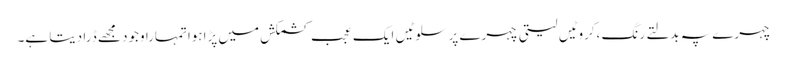
چہرے پہ بدلتے رنگ ،کروٹیں لیتی چہرے پر سلوٹیں ایک عجب کشمکش میں پڑاہواتمہارا وجود مجھے ڈرا دیتا ہے۔